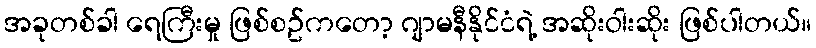
အခုတစ်ခါ ရေကြီးမှု ဖြစ်စဥ်ကတော့ ဂျာမနီနိုင်ငံရဲ့ အဆိုးဝါးဆိုး ဖြစ်ပါတယ်။